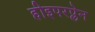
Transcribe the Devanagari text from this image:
हीइपरप्लेन